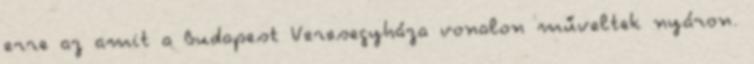
erre az amit a Budapest Veresegyháza vonalon műveltek nyáron.